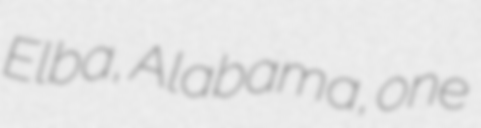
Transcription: Elba, Alabama, one